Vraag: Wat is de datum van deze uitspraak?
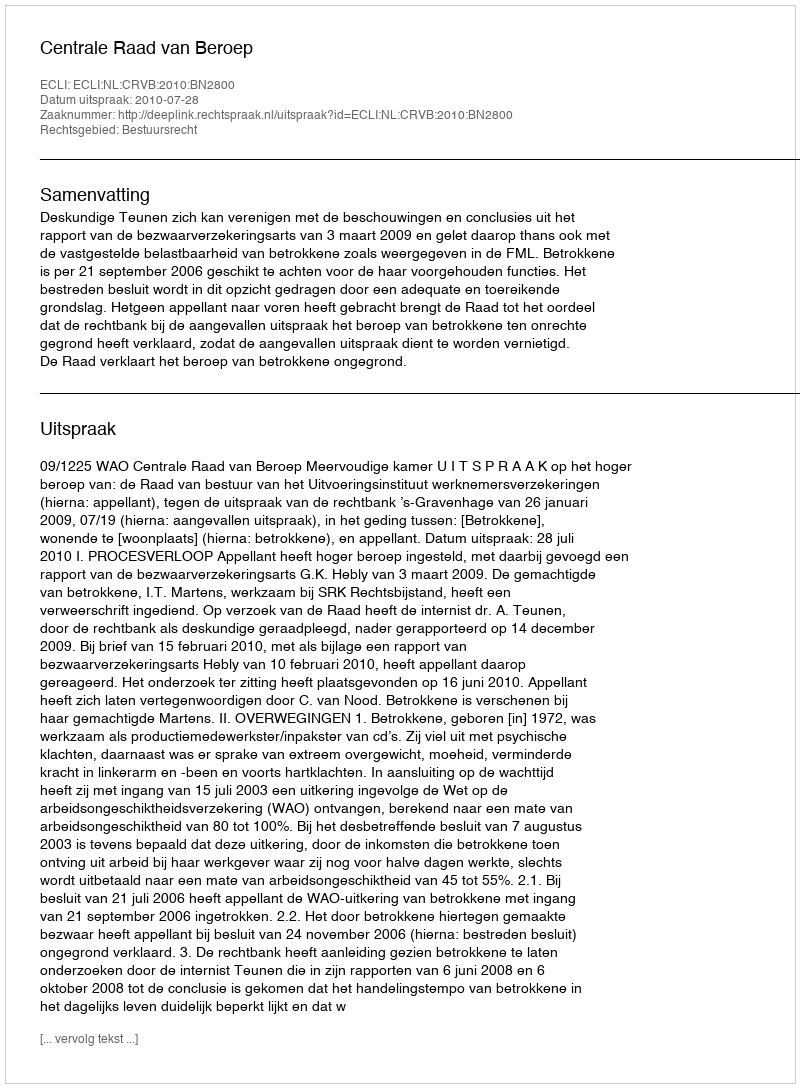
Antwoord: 2010-07-28